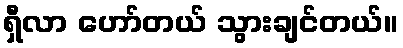
ရှီလာ ဟော်တယ် သွားချင်တယ်။